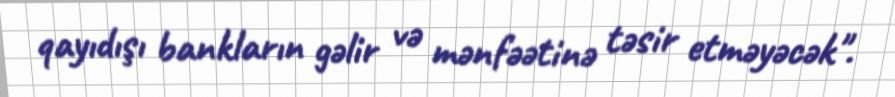
qayıdışı bankların gəlir və mənfəətinə təsir etməyəcək".